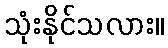
သုံးနိုင်သလား။